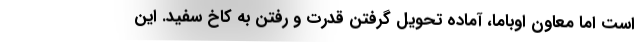
است اما معاون اوباما، آماده تحویل گرفتن قدرت و رفتن به کاخ سفید. این